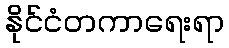
နိုင်ငံတကာရေးရာ